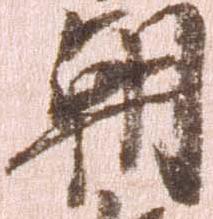
朝